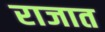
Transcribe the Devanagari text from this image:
राजात